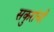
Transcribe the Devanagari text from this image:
सकुरांची